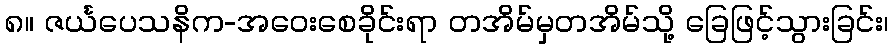
၈။ ဇင်္ယပေသနိက-အဝေးစေခိုင်းရာ တအိမ်မှတအိမ်သို့ ခြေဖြင့်သွားခြင်း၊